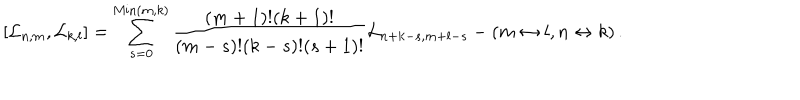
LaTeX: [ { \cal L } _ { n , m } , { \cal L } _ { k , l } ] = \sum _ { s = 0 } ^ { \mathrm { M i n } ( m , k ) } { \frac { ( m + 1 ) ! ( k + 1 ) ! } { ( m - s ) ! ( k - s ) ! ( s + 1 ) ! } } { \cal L } _ { n + k - s , m + l - s } - ( m \leftrightarrow l , n \leftrightarrow k ) \, .